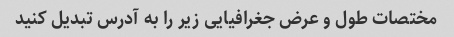
مختصات طول و عرض جغرافیایی زیر را به آدرس تبدیل کنید